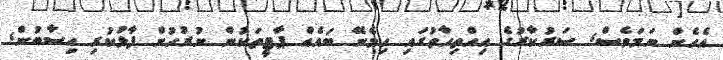
އެހެން ނަމަވެސް